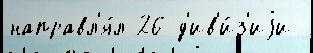
направл'я́л 26 д'ив'и́з'иjи